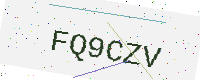
Text: FQ9CZV